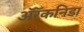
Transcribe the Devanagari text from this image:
अॅरॅकनिडा